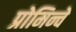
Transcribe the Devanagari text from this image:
प्रोमिन्चे